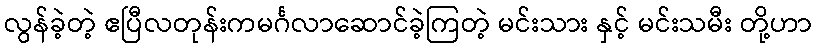
လွန်ခဲ့တဲ့ ဧပြီလတုန်းကမင်္ဂလာဆောင်ခဲ့ကြတဲ့ မင်းသား နှင့် မင်းသမီး တို့ဟာ